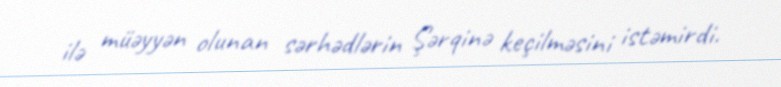
ilə müəyyən olunan sərhədlərin Şərqinə keçilməsini istəmirdi.